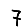
Digit: 7